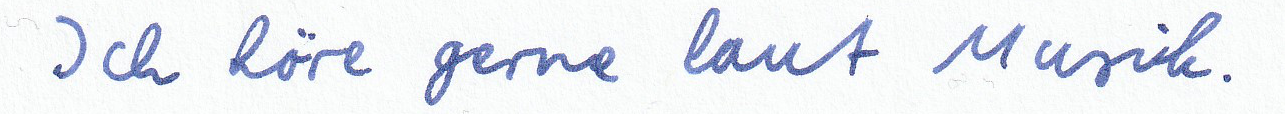
Ich höre gerne laut Musik.